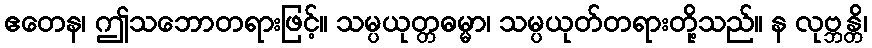
ဧတေန၊ ဤသဘောတရားဖြင့်။ သမ္ပယုတ္တဓမ္မာ၊ သမ္ပယုတ်တရားတို့သည်။ န လုဗ္ဘန္တိ၊